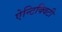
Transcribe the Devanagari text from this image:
ऐन्टिक्विटी